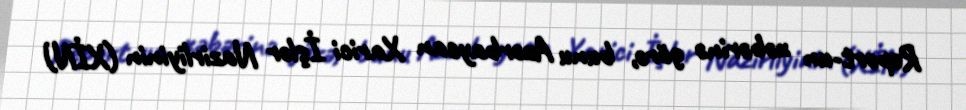
Report-un xəbərinə görə, bunu Azərbaycan Xarici İşlər Nazirliyinin (XİN)